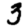
Digit: 3